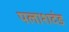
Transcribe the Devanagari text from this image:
पलाशदंड